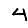
Digit: 4